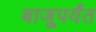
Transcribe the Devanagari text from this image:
बाजूपर्यंत